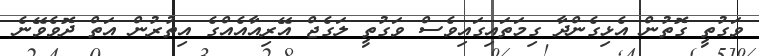
ވަގުތީ ގޮތުން އެޅިގެންދާ ގިމަތައިގައިވެސް ވަގުތީ ލަގެޖް އޭރިއާއެއްގެ އިތުރުން އަތް ދޮވެވޭނެ